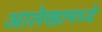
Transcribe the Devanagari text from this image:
आलेखामध्ये